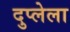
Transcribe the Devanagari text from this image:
दुप्लेला